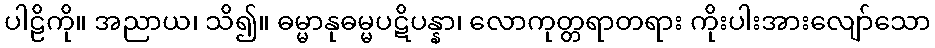
ပါဠိကို။ အညာယ၊ သိ၍။ ဓမ္မာနုဓမ္မပဋိပန္နာ၊ လောကုတ္တရာတရား ကိုးပါးအားလျော်သော